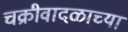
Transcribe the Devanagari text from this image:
चक्रीवादळाच्या